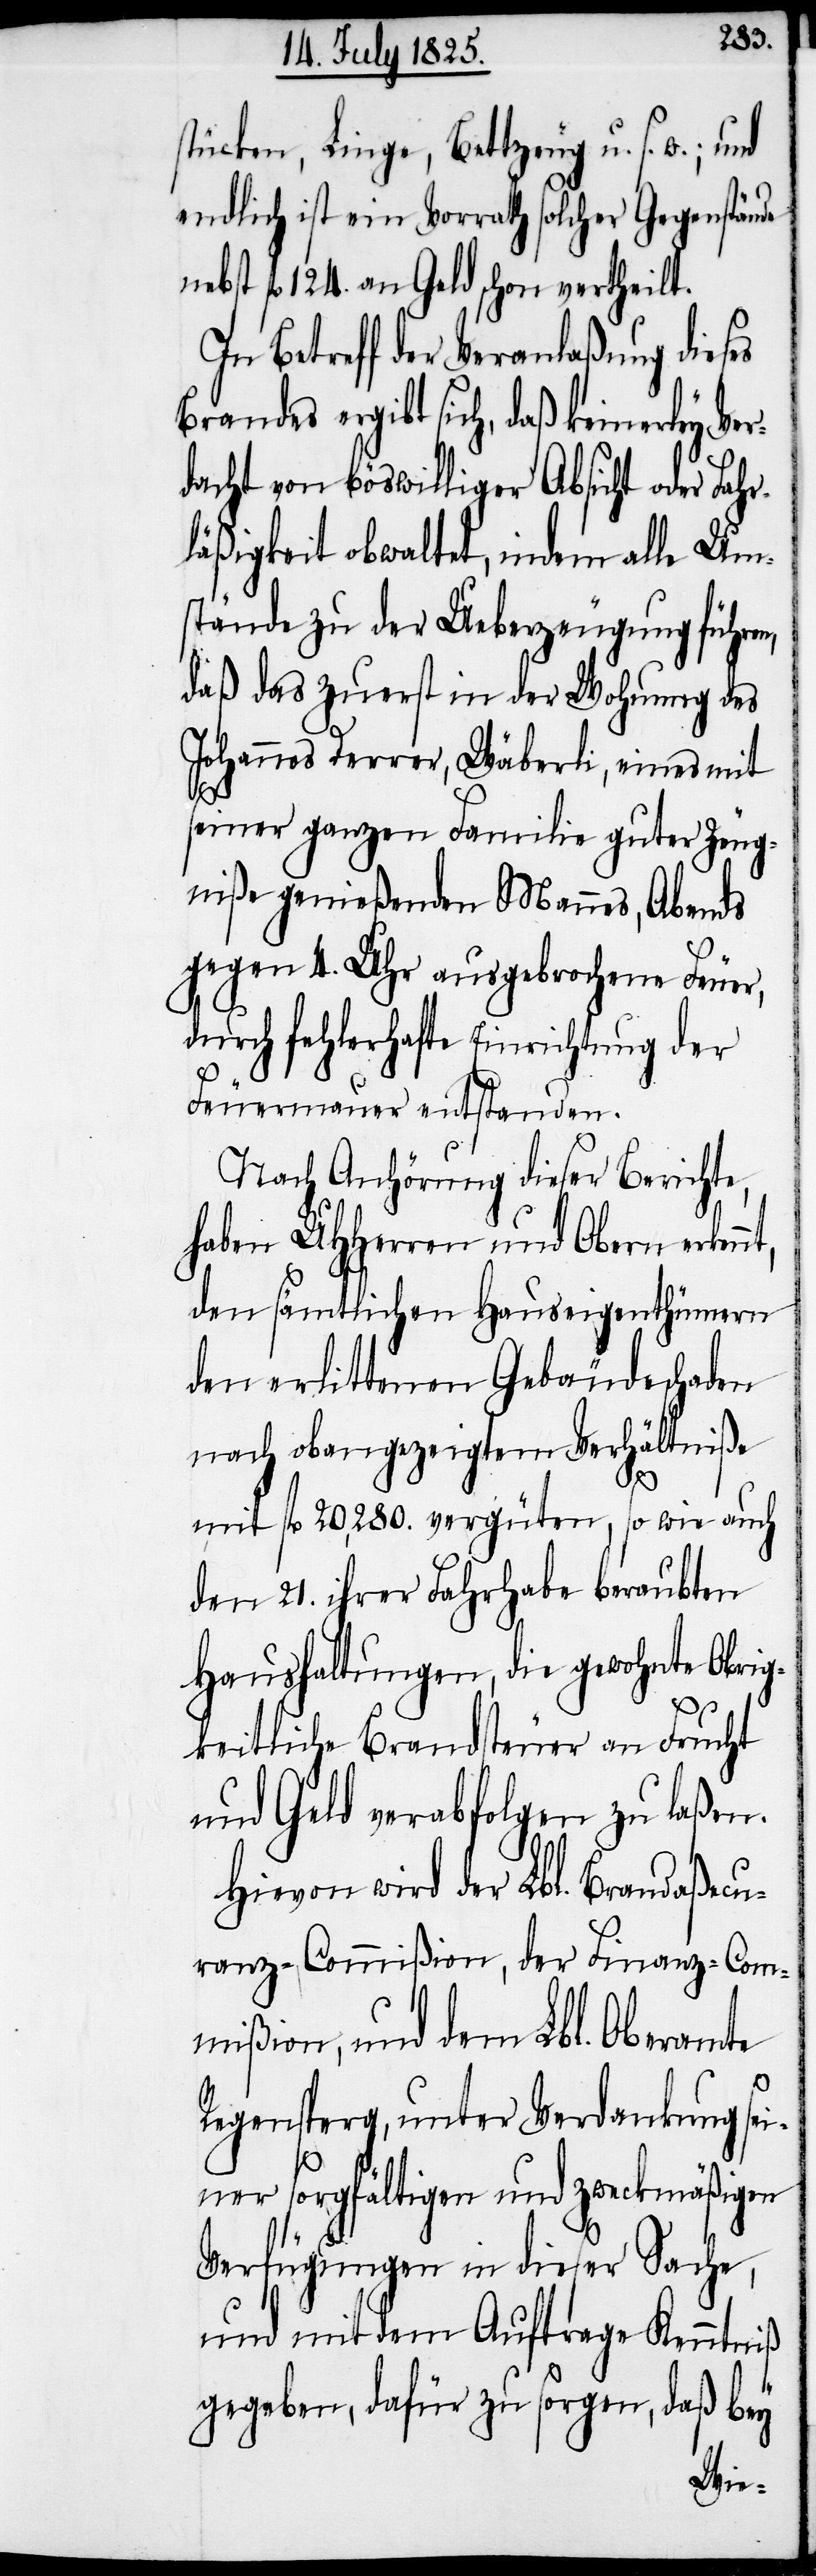
stücken, Linge, Bettzeug u. s. w.; und
endlich ist ein Vorrath solcher Gegenstände
nebst fl. 124. an Geld schon vertheilt.
In Betreff der Veranlaßung dieses
Brandes ergibt sich, daß keinerley Ver¬
dacht von böswilliger Absicht oder Fahr¬
läßigkeit obwaltet, indem alle Um¬
stände zu der Ueberzeugung führen,
daß das zuerst in der Wohnung des
Johannes Derrer, Wäberli, eines mit
seiner ganzen Familie guter Zeug¬
niße genießenden Mannes, Abends
gegen 4. Uhr ausgebrochene Feuer,
durch fehlerhafte Einrichtung der
Feuermauer entstanden.
Nach Anhörung dieser Berichte,
haben UHHerren und Obern erken¬
den sämtlichen Hauseigenthümern
den erlittenen Gebäudeschaden
nach obangezeigtem Verhältniße
mit fl. 20,280. vergüten, so wie auch
den 21. ihrer Fahrhabe beraubten
Haushaltungen, die gewohnte Obrig¬
keitliche Brandsteuer an Frucht
und Geld verabfolgen zu laßen.
Hievon wird der Lbl. Brandaßecu¬
ranz-Commißion, der Finanz-Com¬
mißion und dem Lbl. Oberamte
nt,
Regensperg, unter Verdankung sei¬
ner sorgfältigen und zweckmäßigen
Verfügungen in dieser Sache,
und mit dem Auftrage Kenntniß
gegeben, dafür zu sorgen, daß bey